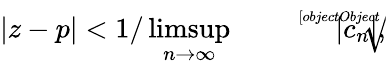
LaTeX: |z-p|<1/\operatorname*{limsup}_{n\rightarrow\infty}{\sqrt[[objectObject]]{|c_{n}|}},